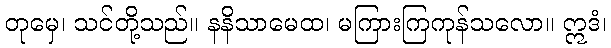
တုမှေ၊ သင်တို့သည်။ နနိသာမေထ၊ မကြားကြကုန်သလော။ ဣဒံ၊